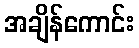
အချိန်ကောင်း